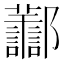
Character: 𨟪